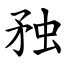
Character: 䂈